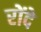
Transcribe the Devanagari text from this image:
रोंदे